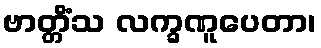
ဗာတ္တိံသ လက္ခဏူပေတာ၊